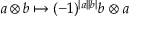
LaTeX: a \otimes b \mapsto ( - 1 ) ^ { \left| a \right| \left| b \right| } b \otimes a